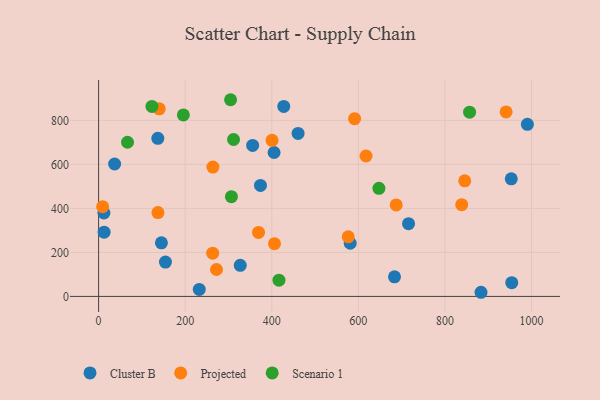
{"axis": {"x": "Distance", "y": "Salary"}, "legend": ["Cluster B", "Projected", "Scenario 1"], "data": [{"x": "460.8", "y": 740.6, "type": "Cluster B"}, {"x": "327.2", "y": 141.1, "type": "Cluster B"}, {"x": "883.3", "y": 18.8, "type": "Cluster B"}, {"x": "954.3", "y": 62.6, "type": "Cluster B"}, {"x": "427.7", "y": 863.4, "type": "Cluster B"}, {"x": "12.3", "y": 379.0, "type": "Cluster B"}, {"x": "232.5", "y": 31.9, "type": "Cluster B"}, {"x": "581.2", "y": 241.7, "type": "Cluster B"}, {"x": "990.4", "y": 782.3, "type": "Cluster B"}, {"x": "683.5", "y": 89.1, "type": "Cluster B"}, {"x": "405.3", "y": 654.1, "type": "Cluster B"}, {"x": "953.2", "y": 534.6, "type": "Cluster B"}, {"x": "145.1", "y": 243.4, "type": "Cluster B"}, {"x": "37.0", "y": 601.8, "type": "Cluster B"}, {"x": "715.9", "y": 330.5, "type": "Cluster B"}, {"x": "154.4", "y": 156.0, "type": "Cluster B"}, {"x": "373.9", "y": 504.2, "type": "Cluster B"}, {"x": "136.8", "y": 718.6, "type": "Cluster B"}, {"x": "12.7", "y": 292.1, "type": "Cluster B"}, {"x": "355.8", "y": 686.0, "type": "Cluster B"}, {"x": "137.1", "y": 381.2, "type": "Projected"}, {"x": "591.3", "y": 807.8, "type": "Projected"}, {"x": "264.0", "y": 587.7, "type": "Projected"}, {"x": "687.4", "y": 416.0, "type": "Projected"}, {"x": "272.3", "y": 122.4, "type": "Projected"}, {"x": "845.7", "y": 525.2, "type": "Projected"}, {"x": "617.7", "y": 638.1, "type": "Projected"}, {"x": "576.6", "y": 270.8, "type": "Projected"}, {"x": "263.5", "y": 196.6, "type": "Projected"}, {"x": "400.6", "y": 709.2, "type": "Projected"}, {"x": "406.3", "y": 239.8, "type": "Projected"}, {"x": "140.1", "y": 852.5, "type": "Projected"}, {"x": "9.3", "y": 407.9, "type": "Projected"}, {"x": "838.7", "y": 417.0, "type": "Projected"}, {"x": "369.4", "y": 290.9, "type": "Projected"}, {"x": "941.3", "y": 838.3, "type": "Projected"}, {"x": "647.5", "y": 491.3, "type": "Scenario 1"}, {"x": "306.8", "y": 453.4, "type": "Scenario 1"}, {"x": "195.8", "y": 824.9, "type": "Scenario 1"}, {"x": "304.8", "y": 893.9, "type": "Scenario 1"}, {"x": "123.2", "y": 863.6, "type": "Scenario 1"}, {"x": "311.7", "y": 713.2, "type": "Scenario 1"}, {"x": "416.6", "y": 73.9, "type": "Scenario 1"}, {"x": "856.9", "y": 837.5, "type": "Scenario 1"}, {"x": "66.8", "y": 700.6, "type": "Scenario 1"}]}